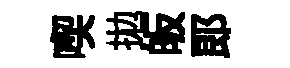
喫拋皈郎